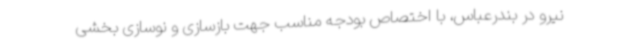
نیرو در بندرعباس، با اختصاص بودجه مناسب جهت بازسازی و نوسازی بخشی